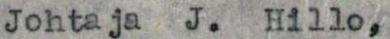
Johtaja. J. Hillo,